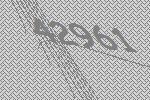
42961